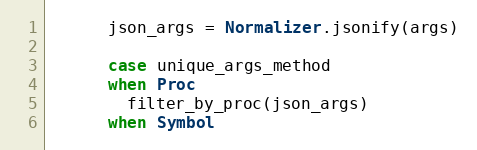
Language: Ruby
      json_args = Normalizer.jsonify(args)

      case unique_args_method
      when Proc
        filter_by_proc(json_args)
      when Symbol